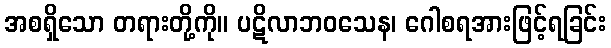
အစရှိသော တရားတို့ကို။ ပဋိလာဘဝသေန၊ ဂေါစရအားဖြင့်ရခြင်း